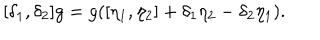
LaTeX: [ \delta _ { 1 } , \delta _ { 2 } ] g = g ( [ \eta _ { 1 } , \eta _ { 2 } ] + \delta _ { 1 } \eta _ { 2 } - \delta _ { 2 } \eta _ { 1 } ) .